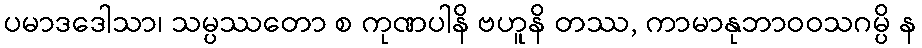
ပမာဒဒေါသာ၊ သမ္ပဿတော စ ကုဏပါနိ ဗဟူနိ တဿ, ကာမာနုဘာဝဝသဂမ္ပိ န